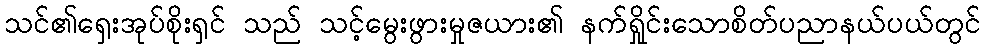
သင်၏ရှေးအုပ်စိုးရှင် သည် သင့်မွေးဖွားမှုဇယား၏ နက်ရှိုင်းသောစိတ်ပညာနယ်ပယ်တွင်